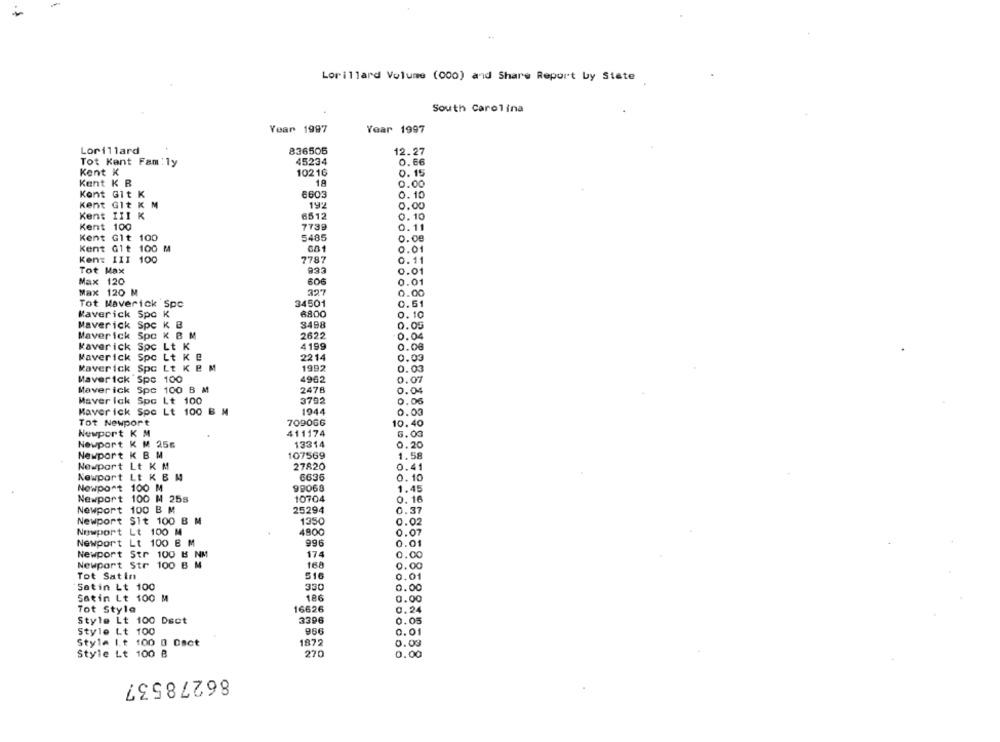
Lorillard Volume (000) and Share Report by State
South Carolina
Year 1997
Year 1997
Lorillard
836505
12.27
Tot Kent Family
45234
0.66
Kent K
10216
0. 15
Kent K B
10
0.00
Kent Git K
6603
0.10
Kent Git K M
0.00
Kent III K
6512
0.10
Kent 100
7739
0.11
Kent Git 100
5485
0.00
Kent Glt 100 M
0.01
Ken: III 100
7787
0.11
Tot Max
0.01
Max 120
606
0.01
Max 120 M
327
0.00
Tot Maverick Spc
34501
0.61
Maverick Spo K
6800
0.10
Maverick
Spc K B
3498
0.05
Maverick Spc K B M
2622
0.04
kaverick Spc Lt K
4199
0.00
Maverick Spc Lt K B
2214
0.03
Maverick Spc Lt K E M
1992
0.03
Maverick Spc 100
4962
0.07
Maverick Spc 100 B M
2478
0.04
Maverick Spc Lt 100
3792
0.06
Maverick Spe Lt 100 B N
1944
0.03
Tot Newport
709066
10.40
Newport K M
411174
6.00
Newport K M 256
13314
0.20
Newport K B M
107569
1.58
Newport Lt K M
27820
0.41
Newport Lt K B W
6636
0. 10
Newport 100 M
99068
1.45
Newport 100 M 25s
10704
0. 16
Newport 100 B M
25294
0.37
Newport Sit 100 B M
1350
0.02
Newport Lt 100 M
4900
0.07
Newport Lt 100 8 M
996
0.01
Newport Str 100 B NM
174
0.00
Newport Str 100 B M
168
0.00
Tot Satin
516
0.01
Satin Lt 100
330
0.00
Satin Lt 100 M
186
0.00
Tot Style
16626
0.24
Style Lt 100 Dset
3396
0.05
Style Lt 100
966
0.01
Style I.t 100 0 Dsct
1872
0.03
Style Lt 100 B
270
0.00
86278537